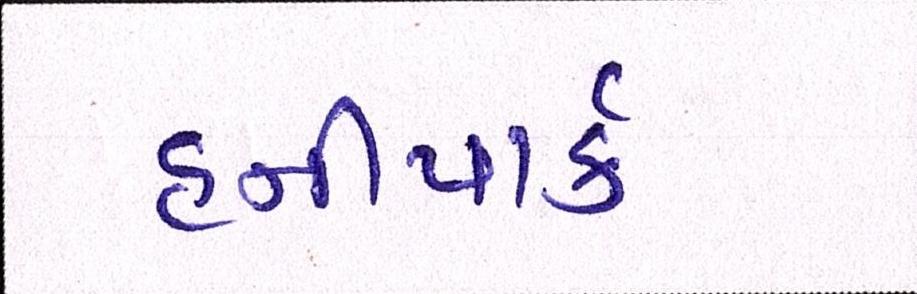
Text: હનીપાર્ક